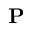
\mathbf { P }